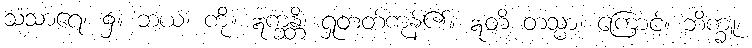
သံသာရေ၊ ၌။ ဘယံ၊ ကို။ ဣက္ခန္တိ၊ ရှုတတ်ကုန်၏။ ဣတိ တသ္မာ၊ ကြောင့်။ ဘိက္ခူ၊